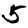
Digit: 5